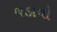
ચડાવો